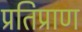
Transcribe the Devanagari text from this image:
प्रतिप्राण